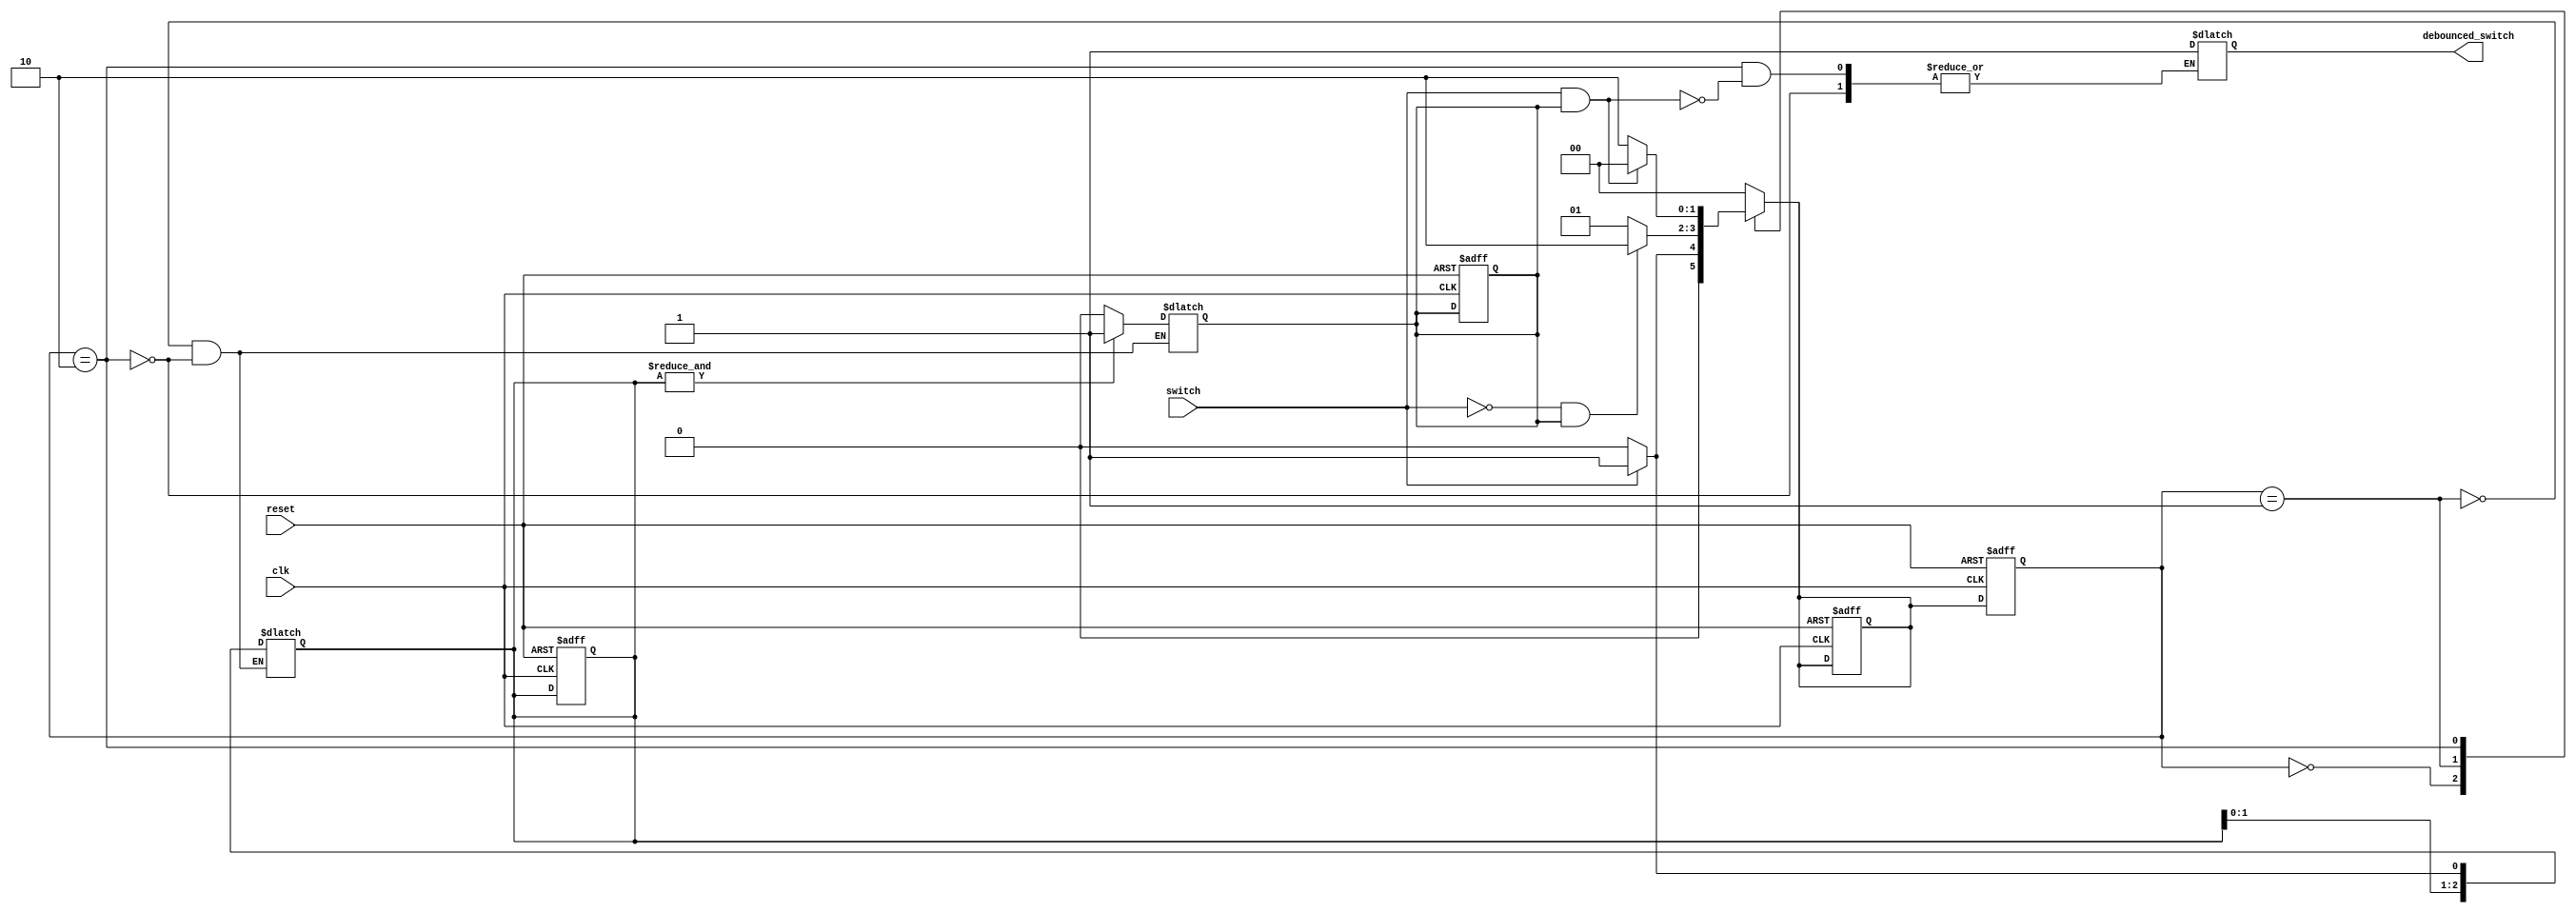
module debounce(
    input clk,
    input reset,
    input switch,
    output reg debounced_switch
);

// Define the states of the debounce state machine
parameter IDLE = 2'b00, RISE_DETECT = 2'b01, FALL_DETECT = 2'b10;
reg [1:0] state, next_state;

// Define the number of consecutive stable samples
parameter NUM_SAMPLES = 3;
reg [NUM_SAMPLES-1:0] samples;
reg stable;

// Debounce state machine logic
always @ (posedge clk or posedge reset) begin
    if (reset) begin
        state <= IDLE;
        samples <= {NUM_SAMPLES{1'b0}};
        stable <= 1'b0;
        next_state <= IDLE;
    end else begin
        state <= next_state;
    end
end

// State machine transitions
always @* begin
    case(state)
        IDLE: begin
            if (switch) begin
                next_state = RISE_DETECT;
            end else begin
                next_state = IDLE;
            end
        end
        RISE_DETECT: begin
            if (switch) begin
                samples <= {samples[NUM_SAMPLES-2:0], 1'b1};
            end else begin
                samples <= {samples[NUM_SAMPLES-2:0], 1'b0};
            end
            if (&samples) begin
                stable <= 1'b1;
            end else begin
                stable <= 1'b0;
            end
            if (!switch && stable) begin
                next_state = FALL_DETECT;
            end else begin
                next_state = RISE_DETECT;
            end
        end
        FALL_DETECT: begin
            if (!switch) begin
                samples <= {samples[NUM_SAMPLES-2:0], 1'b0};
            end else begin
                samples <= {samples[NUM_SAMPLES-2:0], 1'b1};
            end
            if (&samples) begin
                stable <= 1'b1;
            end else begin
                stable <= 1'b0;
            end
            if (switch && stable) begin
                debounced_switch <= 1'b1;
                next_state = IDLE;
            end else begin
                next_state = FALL_DETECT;
            end
        end
        default: begin
            next_state = IDLE;
        end
    endcase
end

endmodule